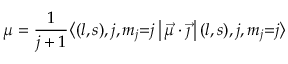
\mu = { \frac { 1 } { j + 1 } } { \bigl \langle } ( l , s ) , j , m _ { j } { = } j \, { \bigr | } \, { \vec { \mu } } \cdot { \vec { \jmath } } \, { \bigl | } \, ( l , s ) , j , m _ { j } { = } j { \bigr \rangle }